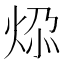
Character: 𬊅